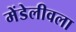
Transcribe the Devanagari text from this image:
मेंडेलीवला